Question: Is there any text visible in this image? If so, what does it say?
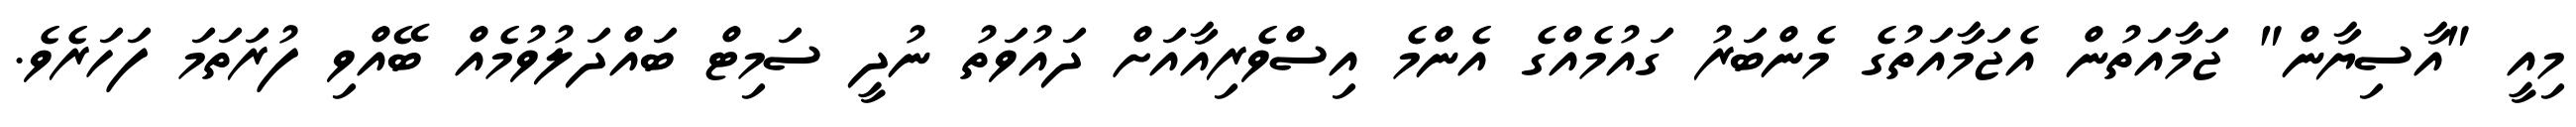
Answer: މިއީ "އާސިޔާން" ޖަމާއަތުން އެޖަމާއަތުގެ މެންބަރު ގައުމެއްގެ އެންމެ އިސްވެރިއާއަށް ދައުވަތު ނުދީ ސަމިޓް ބައްދަލުވުމެއް ބޭއްވި ފުރަތަމަ ފަހަރެވެ.